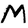
Character: M